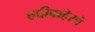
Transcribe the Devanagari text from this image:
हद्दीबाहेरचे